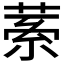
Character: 𦴃